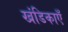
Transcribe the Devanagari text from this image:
खंडिकाएँ